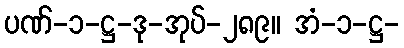
ပဏ်-၁-ဋ္ဌ-ဒု-အုပ်-၂၈၉။ အံ-၁-ဋ္ဌ-